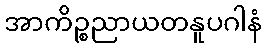
အာကိဉ္စညာယတနူပဂါနံ